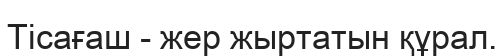
Тісағаш - жер жыртатын құрал.